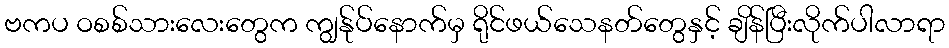
ဗကပ ဝစစ်သားလေးတွေက ကျွန်ုပ်နောက်မှ ရိုင်ဖယ်သေနတ်တွေနှင့် ချိန်ပြီးလိုက်ပါလာရာ